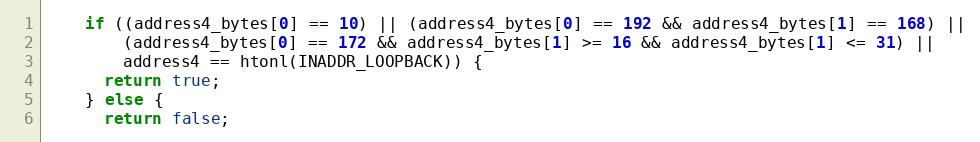
Language: C++
    if ((address4_bytes[0] == 10) || (address4_bytes[0] == 192 && address4_bytes[1] == 168) ||
        (address4_bytes[0] == 172 && address4_bytes[1] >= 16 && address4_bytes[1] <= 31) ||
        address4 == htonl(INADDR_LOOPBACK)) {
      return true;
    } else {
      return false;